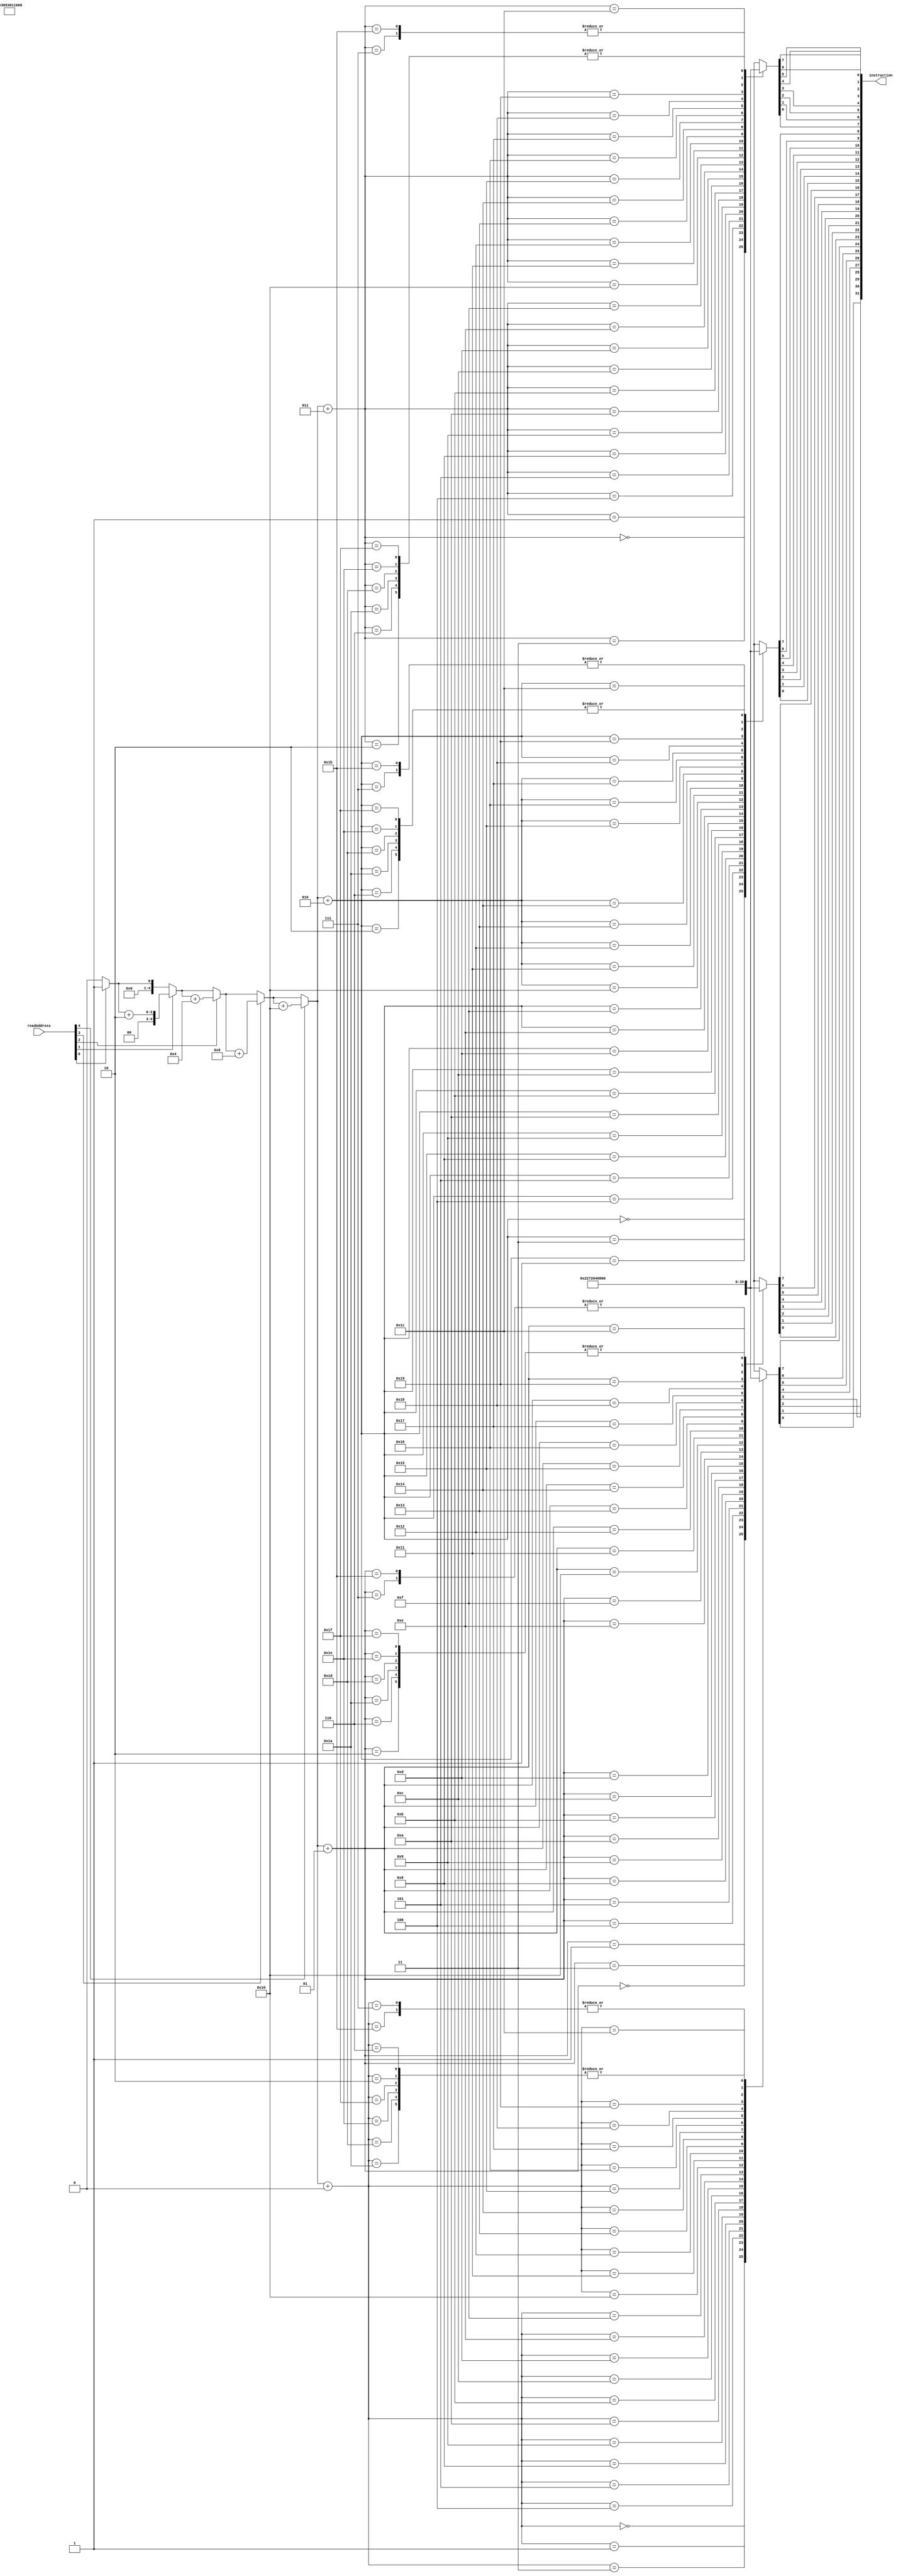
module InstructionMemory(readAddress, instruction);
  input [31:0]readAddress;
  output [0:31]instruction;
  reg [0:31]instruction;
  
  reg [0:7]InstructionMemory[0:31];
  
  reg [4:0]internalAddress;
  
  integer internalAddressINT, placeVal, i, j;
  
  always@(readAddress)
  begin
      //use this template to hardwire instructions. 
      //Only 5 bit addresses supported.
//      InstructionMemory[0] = 32'b00000_00000_00000_00000_00000_000000;
      
      {InstructionMemory[0], InstructionMemory[1], InstructionMemory[2], InstructionMemory[3]} = 32'b001101_10010_10011_0000000000000001;    //ori $s2, $s1 , 1539;
      {InstructionMemory[4], InstructionMemory[5], InstructionMemory[6], InstructionMemory[7]} = 32'b000101_10011_00000_0000000000000100;     // bne $s2, reg1, 4h;               
          
       
      {InstructionMemory[24], InstructionMemory[24+1], InstructionMemory[24+2], InstructionMemory[24+3]} = 32'b001000_10011_10010_0000000000000100;    //addi $s1, $s2 ,4;
      {InstructionMemory[28], InstructionMemory[28+1], InstructionMemory[28+2], InstructionMemory[28+3]} = 32'b000010_00000_00000_0000000000000000;    // j 0;                               
//      InstructionMemory[1] = 32'b001001_10010_10011_00000_00000_000010;   //addi $s2, $s3, 2;
//      InstructionMemory[3] = 32'b000000_00010_00001_00000_00000_100000;   

      //truncating the address.
      internalAddress = readAddress[4:0];
      
      //internalAddressINT = 0;
      //
      placeVal = 1;
      internalAddressINT = 0;
      for(i=0 ; i<5 ; i=i+1)
      begin
            if(internalAddress[i] == 1)
                internalAddressINT = internalAddressINT + placeVal;
                
            placeVal = placeVal * 2;
      end
      
      
      for(i=0 ; i<32 ; i=i+1)
      begin
             instruction[i] = InstructionMemory[internalAddressINT + i/8][i%8];        
      end
      
      
  end  
  
endmodule

module RegisterFile(readReg1, readReg2, writeReg, writeData, readData1, readData2, RegWrite);
     input [4:0]readReg1, readReg2, writeReg;
     input [31:0]writeData;     //address of the register to be written on to.
     input RegWrite;    //RegWrite - register write signal; writeReg-the destination register.
     
     output [31:0]readData1, readData2;
     reg [31:0]readData1, readData2;
     
     reg [31:0]RegMemory[0:31];
     
     integer placeVal, i, j, writeRegINT=0, readReg1INT=0, readReg2INT=0;
     
     initial
     begin
       for(i=0 ; i<32 ; i=i+1)
       begin
              for(j=0 ; j<32 ; j= j+1)
                RegMemory[i][j] = 1'b0;
       end
     end
     
     always@ (RegWrite or readReg1 or readReg2 or writeReg or writeData)
     begin
       
        if(RegWrite == 1)
        begin
          
          placeVal = 1;
          readReg1INT=0;
          readReg2INT=0;
          for(i=0 ; i<5 ; i=i+1)
          begin
               if(readReg1[i] == 1)
                  readReg1INT = readReg1INT + placeVal;
                  
               if(readReg2[i] == 1)
                  readReg2INT = readReg2INT + placeVal; 
                    
               placeVal = placeVal * 2;
          end
          
          
          for(i=0 ; i<32 ; i=i+1)
          begin
              readData1[i] = RegMemory[readReg1INT][i];
              readData2[i] = RegMemory[readReg2INT][i];
          end
          
          
          
          //binary to decimal address translation.
          placeVal = 1;
          writeRegINT=0;
          for(i=0 ; i<5 ; i=i+1)
          begin
               if(writeReg[i] == 1)
                  writeRegINT = writeRegINT + placeVal;
                  
               placeVal = placeVal * 2;
          end
          
          $display("before writing %d at %d", writeData, writeRegINT);
          for(i=0 ; i<32 ; i=i+1)
          begin
                RegMemory[writeRegINT][i] = writeData[i];
          end
          $display("after writing %d at %d", writeData, writeRegINT);
            
        end  // Register Write
        
        if(RegWrite == 0)
        begin
            //binary to decimal address translation.
          placeVal = 1;
          readReg1INT=0;
          readReg2INT=0;
          for(i=0 ; i<5 ; i=i+1)
          begin
               if(readReg1[i] == 1)
                  readReg1INT = readReg1INT + placeVal;
                  
               if(readReg2[i] == 1)
                  readReg2INT = readReg2INT + placeVal; 
                    
               placeVal = placeVal * 2;
          end
          
          
          for(i=0 ; i<32 ; i=i+1)
          begin
              readData1[i] = RegMemory[readReg1INT][i];
              readData2[i] = RegMemory[readReg2INT][i];
          end
          
          
        end// Register Read
          
     end  //always@
     
endmodule  

module MUX_2to1( input1 , input2, select, out );
  input [31:0] input1, input2;
  input select;
  output [31:0]out;
  reg [31:0]out;
  
  always @(input1 or input2 or select )
    begin 
      case(select)
       
          1'b0:   out=input1;
          1'b1:  out=input2;
          
      endcase
    end
 endmodule  

 module MUX_2to1_5bit( input1 , input2, select, out );
  input [4:0] input1, input2;
  input select;
  output [4:0]out;
  reg [4:0]out;
  
  always @(input1 or input2 or select )
    begin 
      case(select)
       
          1'b0:   out=input1;
          1'b1:  out=input2;
          
      endcase
    end
 endmodule

 module ALU_Core(ALUSrc1 , ALUSrc2 , ALUCtrl , ALUResult , Zero);
  input[31:0] ALUSrc1;
  input[31:0] ALUSrc2;
  input[2:0] ALUCtrl;
  
  output Zero;
  reg Zero;
    
  output [31:0]ALUResult;
  reg [31:0]ALUResult;
  
  
  always @(ALUSrc1 or ALUSrc2 or ALUCtrl)
    begin
          
          if(ALUCtrl == 3'b010) //'add'
          begin
               ALUResult = ALUSrc1 + ALUSrc2; 
               if(ALUResult == 32'h0000)
               begin
                      Zero = 1'b1;
               end 
               else
                 begin
                      Zero = 1'b0;
                 end
          end
          
          if(ALUCtrl == 3'b110) // 'sub'
          begin
               ALUResult = ALUSrc1 - ALUSrc2; 
               if(ALUResult == 32'h0000)
               begin
                      Zero = 1'b1;
               end 
               else
                 begin
                      Zero = 1'b0;
                 end
          end
          
          if(ALUCtrl == 3'b000) // 'and'
          begin
               ALUResult = ALUSrc1 & ALUSrc2; 
               if(ALUResult == 32'h0000)
               begin
                      Zero = 1'b1;
               end 
               else
                 begin
                      Zero = 1'b0;
                 end
          end
               
          if(ALUCtrl == 3'b001) // 'or'
          begin
               ALUResult = ALUSrc1 | ALUSrc2; 
               if(ALUResult == 32'h0000)
               begin
                      Zero = 1'b1;
               end 
               else
                 begin
                      Zero = 1'b0;
                 end
          end     
          
          if(ALUCtrl == 3'b111) // 'slt'
          begin
               ALUResult = ALUSrc1 - ALUSrc2; 
               if(ALUResult == 32'h0000)
               begin
                      Zero = 1'b1;
               end 
               else
                 begin
                      Zero = 1'b0;
                 end
          end
        
    end
  
endmodule



module ALU_Control(FunctField, ALUOp, ALUCtrl);
input [5:0]FunctField;
input [1:0]ALUOp;
output [2:0]ALUCtrl;
reg [2:0]ALUCtrl;

always@(FunctField or ALUOp)
begin
    if(ALUOp == 2'b10)      //'Arithmetic' Type Instructions
    begin
      case(FunctField)        
        6'b100000: ALUCtrl = 3'b010;    //ADDITION in 'R' Type
        6'b100010: ALUCtrl = 3'b110;    //SUBTRACTION in 'R' Type
        6'b100100: ALUCtrl = 3'b000;    //AND in 'R' Type
        6'b100101: ALUCtrl = 3'b001;    //OR in 'R' Type
        6'b101010: ALUCtrl = 3'b111;    //SLT in 'R' Type
    endcase
    end
    
    if(ALUOp == 2'b00)    
    begin
        ALUCtrl = 3'b010;               //ADDITION irrespective of the FunctField.
    end
    
    if(ALUOp == 2'b01)    //   'BEQ', 'BNE' Type Instructions
    begin
        ALUCtrl = 3'b110;               //SUBTRACTION irrespective of the FunctField.
    end        
    

    
end   //always block 

endmodule  //ALUOp module

module DataMemory(inputAddress, inputData32bit, outputData32bit, MemRead, MemWrite);

input [31:0]inputAddress;
//input READ_Bar;
input [31:0]inputData32bit;
input MemRead, MemWrite;
output [31:0]outputData32bit;

// THE MAIN MEMORY REGISTERS WHICH HOLD EMULATE THE ACTUAL RAM. 
        reg [7:0]MM[255:0];


reg [7:0]address;
reg [7:0]dataBuff;
reg [31:0]outputData32bit;

integer addressInt, i, j, placeVal,var, baseAddress;
genvar k;

always @( inputData32bit or inputAddress or MemRead or MemWrite)
begin

  address=inputAddress[7:0];
    

  addressInt = 0;  // the integer equivalent of the 8 bit address we have got in the address[]
  placeVal = 1;   // the placevalue for the unit place is 1.
  
  for( i=0 ; i<8 ; i=i+1 )
  begin
      
      if(address[i] == 1'b1)
        addressInt = addressInt + placeVal;
        
      placeVal = placeVal * 2;
  end
  
  //calculated address as an integer, stored in addressInt
  


  if(MemRead == 1)  // the memory is being read from.
  begin
    
    baseAddress = addressInt;  // i is the variable pointing to the address location pointed by the input address
        
    // now copying the 8 bits of the pointed address one by one.   
    
    ///BIG ENDIAN
    for(i=0 ; i<4 ; i=i+1)
    begin 
       for(j = 0 ; j < 8 ; j = j+1 )
        begin
           outputData32bit[j] = MM[baseAddress + i][j];           
        end 
    end    
        
    
       
  end               
   
  
  if(MemWrite == 1) // the memory is being written into
  begin
    baseAddress = addressInt;
    
    // the given data is being written into the place pointed by the address            
    
    ///BIG ENDIAN
    for(i=0 ; i<4 ; i = i + 1)
    begin
      
      for(j = 0 ; j < 8 ; j = j+1 )
         begin
             MM[baseAddress + i][j] = inputData32bit[j] ;
         end     
      
    end   
    
      
  end               
end  // end of the always block

endmodule

module LeftShifter_2bit(inData,outData);
  
  input [31:0]inData;
  output [31:0]outData;
  reg [31:0]outData;
  
  always@(inData)
    begin
      
      outData=inData<<2;
  
    end
    
endmodule

module Adder32Bit(input1, input2, out, overflowBit);
  
  input [31:0] input1, input2;
  output [31:0] out;
  reg [31:0]out;
  output overflowBit;
  reg overflowBit;
  
      always@(input1 or input2)
        begin
          
          {overflowBit , out } = input1 + input2;
          
        end
    
endmodule

module SignExtender_16to32(inputData, outputData);
  
  input[15:0] inputData;
  output[31:0] outputData;
  reg [31:0] outputData;
  
  always@(inputData)
    begin
      
      outputData[15:0]  = inputData[15:0];
      outputData[31:16] = {16{inputData[15]}};
      
    end
endmodule